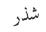
شذر